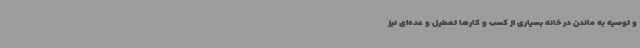
و توصیه به ماندن در خانه بسیاری از کسب و کارها تعطیل و عده‌ای نیز